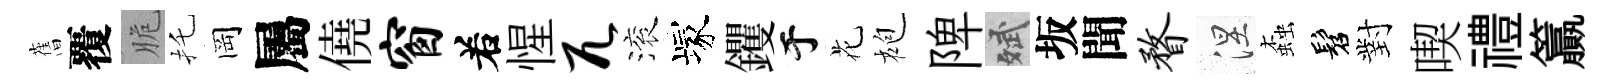
𦾔覆脆托岡屬僥窗𠰥惺兀滚塚钁于花袍陴斌坂聞瞀涅螙髫對喫禮籯